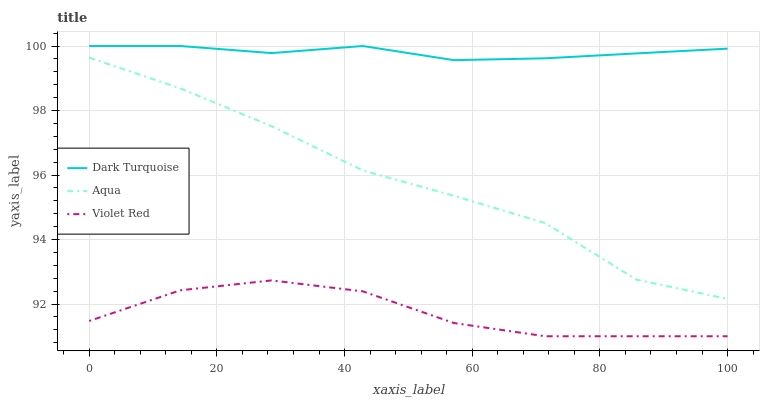
| xaxis_label | Dark Turquoise | Aqua | Violet Red |
 | --- | --- | --- | --- |
 | 0 | 100 | 99.6 | 91.5 |
 | 14.3 | 100 | 98.7 | 92.4 |
 | 28.6 | 99.8 | 97.5 | 92.7 |
 | 42.9 | 100 | 96.1 | 92.4 |
 | 57.1 | 99.6 | 95.4 | 91.4 |
 | 71.4 | 99.6 | 94.5 | 91 |
 | 85.7 | 99.8 | 92.8 | 91 |
 | 100 | 99.9 | 92.2 | 91 |